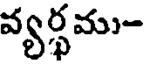
వ్యర్థము-